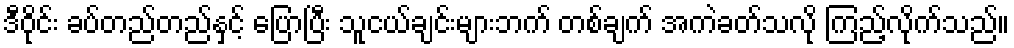
ဒီဝိုင်း ခပ်တည်တည်နှင့် ပြောပြီး သူငယ်ချင်းများဘက် တစ်ချက် အကဲခတ်သလို ကြည့်လိုက်သည်။